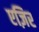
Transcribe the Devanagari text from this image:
एज़िर